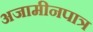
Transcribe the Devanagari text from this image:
अजामीनपात्र